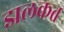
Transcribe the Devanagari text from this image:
झलकत